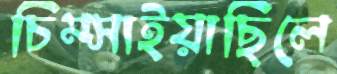
চিম্‌সাইয়াছিলে